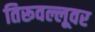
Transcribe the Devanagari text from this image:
तिरूवल्लूवर